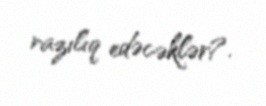
razılıq edəcəklər?.